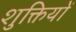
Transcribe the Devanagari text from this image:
शुक्तियों